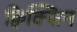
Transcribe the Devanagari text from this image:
क्विक्सिन